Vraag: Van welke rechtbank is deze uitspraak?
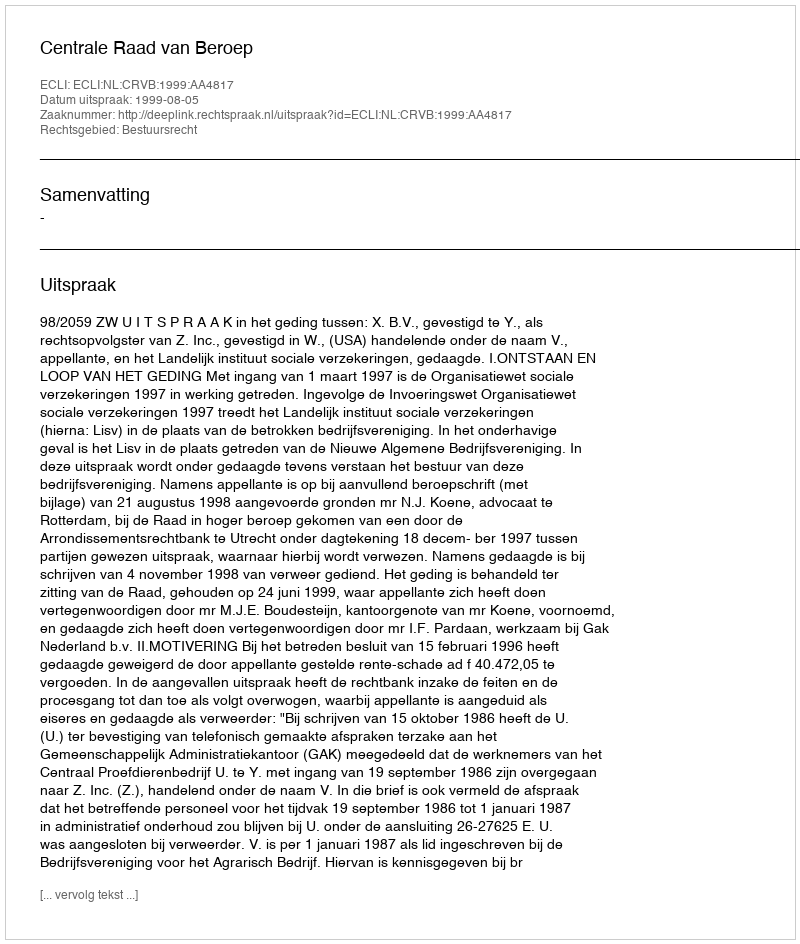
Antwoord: Centrale Raad van Beroep